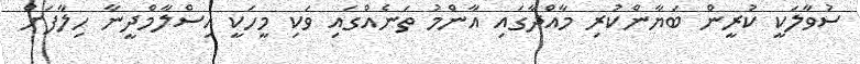
ސުވާލަކީ ކުރީން ބަޔާންކުރި މާއްދާގައި އާންމު ތަނެއްްގައި ވަކި މީހަކީ އިސްލާމްދީނާ ހިލާފަށް